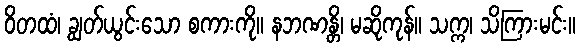
ဝိတထံ၊ ချွတ်ယွင်းသော စကားကို။ နဘဏန္တိ၊ မဆိုကုန်။ သက္က၊ သိကြားမင်း။